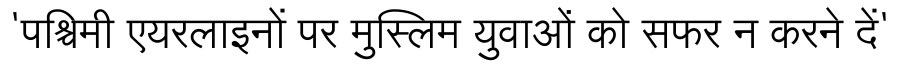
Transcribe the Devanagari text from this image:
'पश्चिमी एयरलाइनों पर मुस्लिम युवाओं को सफर न करने दें'